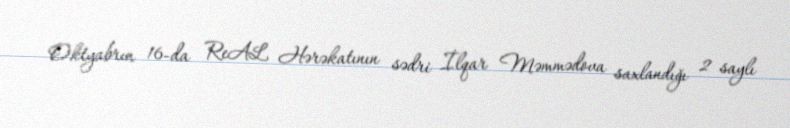
Oktyabrın 16-da ReAL Hərəkatının sədri İlqar Məmmədova saxlandığı 2 saylı